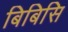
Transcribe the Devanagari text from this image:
बिबिसि